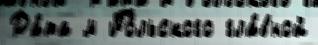
Да́та м По́льского гла́вной